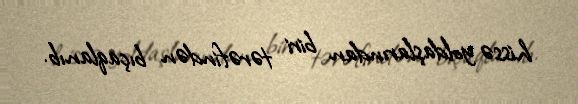
hissə yoldaşlarından biri tərəfindən bıçaqlanıb.